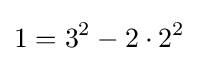
1=3^{2}-2\cdot 2^{2}